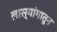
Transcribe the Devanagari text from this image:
लास्यांगातून